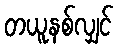
တယူနစ်လျှင်